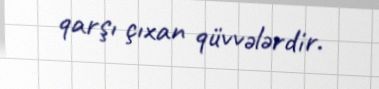
qarşı çıxan qüvvələrdir.